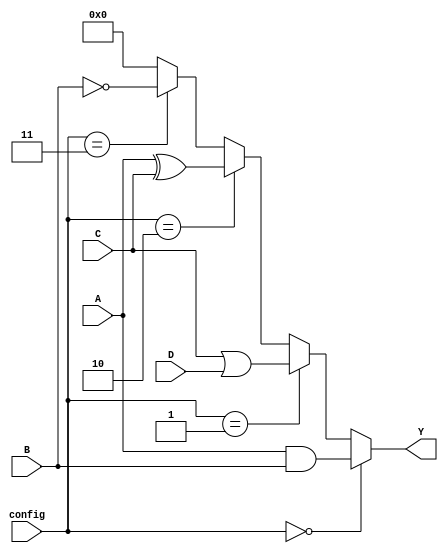
module CLB (
    input wire [3:0] A,           // 4-bit input
    input wire [3:0] B,           // 4-bit input
    input wire [3:0] C,           // 4-bit input
    input wire [3:0] D,           // 4-bit input
    input wire [1:0] config,      // Configuration input for selecting logic function
    output wire [3:0] Y           // 4-bit output
);

    // Internal signals for logic cell outputs
    wire [3:0] logic_cell_out;

    // Logic Cell 1: AND Function
    wire [3:0] and_out;
    assign and_out = A & B;

    // Logic Cell 2: OR Function
    wire [3:0] or_out;
    assign or_out = C | D;

    // Logic Cell 3: XOR Function
    wire [3:0] xor_out;
    assign xor_out = A ^ C;

    // Logic Cell 4: NOT Function
    wire [3:0] not_out;
    assign not_out = ~B;

    // Multiplexer to select output based on configuration
    assign logic_cell_out = (config == 2'b00) ? and_out :
                            (config == 2'b01) ? or_out :
                            (config == 2'b10) ? xor_out :
                            (config == 2'b11) ? not_out :
                            4'b0000; // Default case

    // Assign the selected logic cell output to the output Y
    assign Y = logic_cell_out;

endmodule